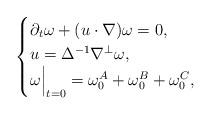
LaTeX: \begin{align*}\begin{cases}\partial_t \omega + (u\cdot \nabla) \omega =0, \\u= \Delta^{-1} \nabla^{\perp} \omega,\\\omega \Bigr|_{t=0} = \omega_0^A + \omega_0^B + \omega_0^C,\end{cases}\end{align*}